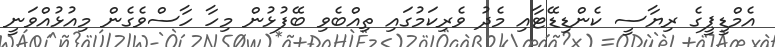
އެމްޑީޕީގެ ރިޔާސީ ކެންޑިޑޭޓާއި މެދު ވެރިކަމުގައި ތިއްބެވި ބޭފުޅުން މިހާ ހާސްވެގެން މިއުޅުއްވަނީ